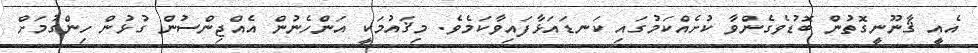
އެއީ ޤާނޫނީގޮތުން ބޮޑުވެގެންވާ ކުށެއްކަމުގައި ކަނޑައަޅާފައިވާކަމެވެ. މިޤައުމަކީ އަންހެނުން އެއްޖިންސުން ގުޅުން ހިންގުމަށް